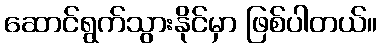
ဆောင်ရွက်သွားနိုင်မှာ ဖြစ်ပါတယ်။